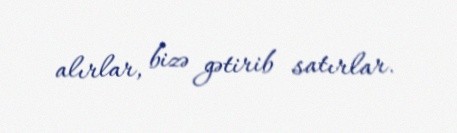
alırlar, bizə gətirib satırlar.